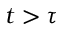
t > \tau